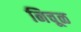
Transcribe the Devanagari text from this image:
निचूळ